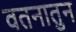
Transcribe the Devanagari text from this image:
वतनातुन